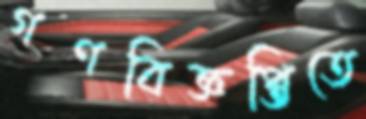
গণবিজ্ঞপ্তিতে